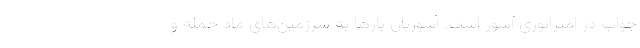
جواب در امپراتوری آشور است. آشوریان بارها به سرزمین‌های ماد حمله و